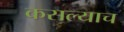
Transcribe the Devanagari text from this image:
कसल्याच